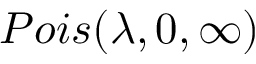
P o i s ( \lambda , 0 , \infty )